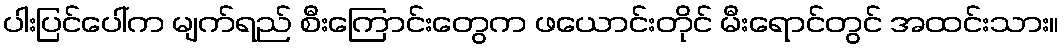
ပါးပြင်ပေါ်က မျက်ရည် စီးကြောင်းတွေက ဖယောင်းတိုင် မီးရောင်တွင် အထင်းသား။